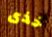
خذى